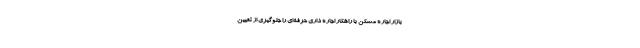
بازار اجاره مسکن با راهکار اجاره داری حرفه‌ای را جلوگیری از تعیین